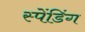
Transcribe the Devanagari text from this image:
स्पेंडिंग